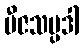
ဗီဇသမ္ပဒါ